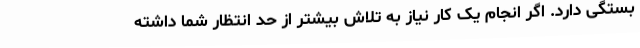
بستگی دارد. اگر انجام یک کار نیاز به تلاش بیشتر از حد انتظار شما داشته